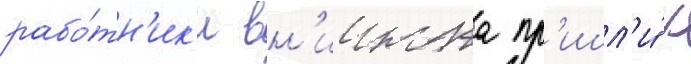
рабо́тн'ик'и вн'иижта пр'ишл'и́ к